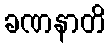
ခဏနာတိ